Document type: Enfranchisement
Year: 1297
Scribe: Jaume de Trilla
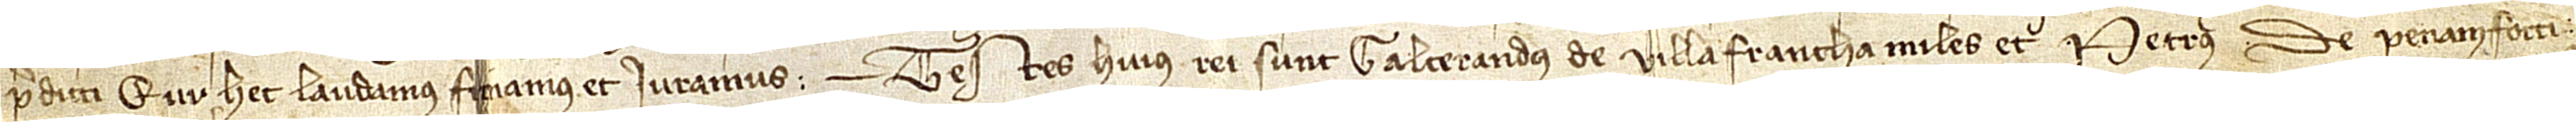
predicti, qui hec laudamus, firmamus et iuramus. Testes huius rei sunt: Galcerandus de Villafrancha, miles, et Petrus de Penamforti.